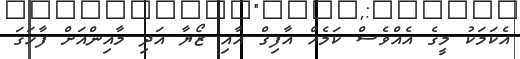
އެކަމަކު މީގެ އެއްވެސް ކަމެއް އާފިޤް އާއި ޒޯޔާ އަދި މާއިންއަށް ފާހަގަ